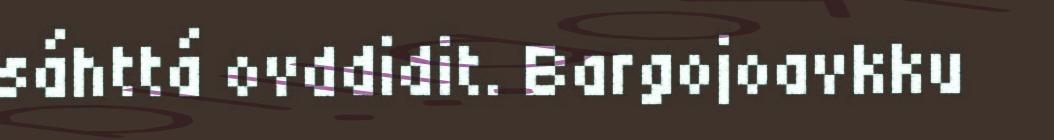
sáhttá ovddidit. Bargojoavkku